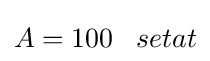
A=100\;\;\;setat